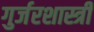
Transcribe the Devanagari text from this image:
गुर्जरशास्त्री